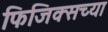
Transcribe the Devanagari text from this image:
फिजिक्सच्या